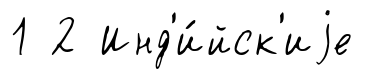
1 2 Инд'и́йск'иjе